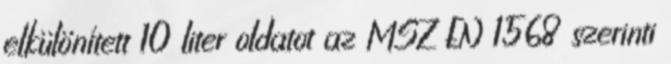
elkülönített 10 liter oldatot az MSZ EN 1568 szerinti